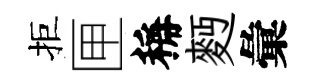
拒匣稱麪彙